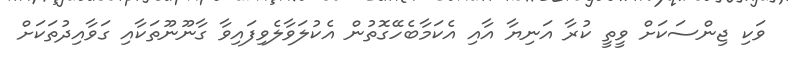
ވަކި ޖިންސަކަށް ވީތީ ކުރާ އަނިޔާ އާއި އެކަމާބެހޭގޮތުން އެކުލަވާލެވިފައިވާ ގާނޫނޫތަކާއި ގަވާއިދުތަކަށް